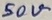
Text: 50V